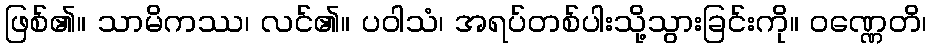
ဖြစ်၏။ သာမိကဿ၊ လင်၏။ ပဝါသံ၊ အရပ်တစ်ပါးသို့သွားခြင်းကို။ ဝဏ္ဏေတိ၊